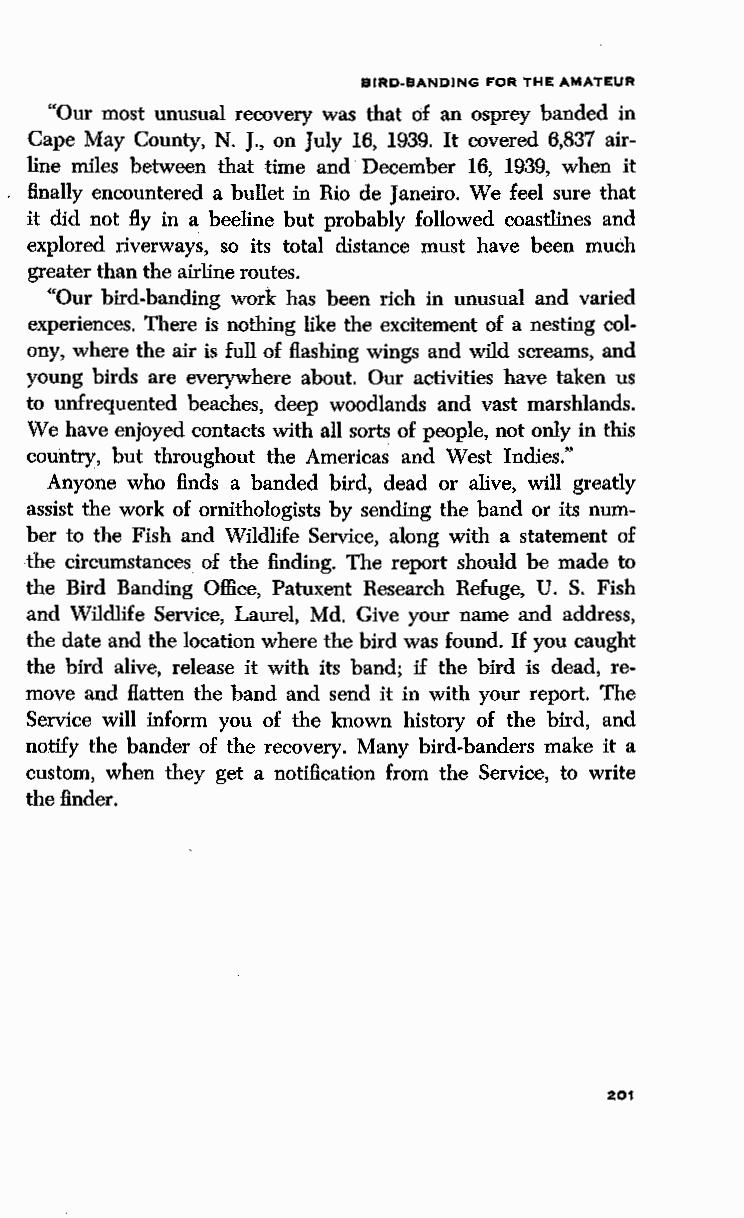
BIRD-BANDING FOR THE AMATEUR
 "Our most unusual recovery was that of an osprey banded in
 Cape May County, N. J., on July 16, 1939. It covered 6,837 air
 line miles between that time and· December 16, 1939, when it
 finally encountered a bullet in Rio de Janeiro. We feel sure that
 it did not By in a beeline but probably followed coastlines and
 explored riverways, so its total distance must have been much
 greater than the airline routes.
 "Our bird-banding work has been rich in unusual and varied
 experiences. There is nothing like the excitement of a nesting col
 ony, where the air is full of flashing wings and wild screams, and
 young birds are everywhere about. Our activities have taken us
 to unfrequented beaches, deep woodlands and vast marshlands.
 We have enjoyed contacts with all sorts of people, not only in this
 country, but throughout the Americas and West Indies."
 Anyone who finds a banded bird, dead or alive, will greatly
 assist the work of ornithologists by sending the band or its num
 ber to the Fish and Wildlife Service, along with a statement of
 the circumstances of the finding. The report should be made to
 the Bird Banding Office, Patuxent Research Refuge, U. S. Fish
 and Wildlife Service, Laurel, Md. Give your name and address,
 the date and the location where the bird was found. If you caught
 the bird alive, release it with its band; if the bird is dead, re
 move and flatten the band and send it in with your report. The
 Service will inform you of the known history of the bird, and
 notify the bander of the recovery. Many bird-banders make it a
 custom, when they get a notification from the Service, to write
 the finder.
 201